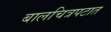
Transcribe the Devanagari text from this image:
बालचित्रपटात